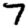
Digit: 7